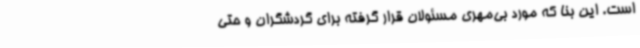
است. این بنا که مورد بی‌مهری مسئولان قرار گرفته برای گردشگران و حتی